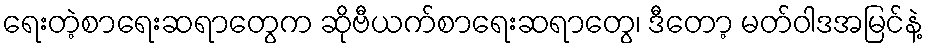
ရေးတဲ့စာရေးဆရာတွေက ဆိုဗီယက်စာရေးဆရာတွေ၊ ဒီတော့ မတ်ဝါဒအမြင်နဲ့